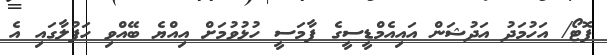
ފޮޓޯ/ އަހުމަދު އަދުޝަން އައިއެމްޑީސީގެ ފާމަސީ ހުޅުވުމަށް އިއްޔެ ބޭއްވި ހަފުލާގައި އެ